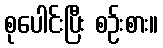
စုပေါင်းပြီး စဉ်းစား။